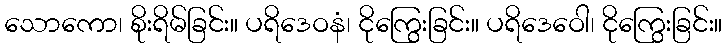
သောကော၊ စိုးရိမ်ခြင်း။ ပရိဒေဝနံ၊ ငိုကြွေးခြင်း။ ပရိဒေဝေါ၊ ငိုကြွေးခြင်း။